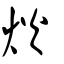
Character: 炏